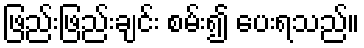
ဖြည်းဖြည်းချင်း စမ်း၍ ပေးရသည်။